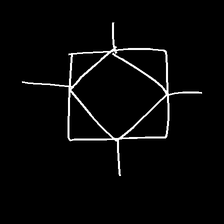
Glyph: light